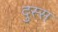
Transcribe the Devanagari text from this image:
दुस्स